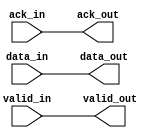
`timescale 1ns / 1ps
//////////////////////////////////////////////////////////////////////////////////
// Company: 
// Engineer: 
// 
// Design Name: 
// Module Name: delay
// Project Name: 
// Target Devices: 
// Tool Versions: 
// Description: 
// 
// Dependencies: 
// 
// Revision:
// Revision 0.01 - File Created
// Additional Comments:
// 
//////////////////////////////////////////////////////////////////////////////////


module delay(
    valid_in,
    ack_in,
    data_in,
    valid_out,
    ack_out,
    data_out
    );
    parameter DATA_WIDTH = 3;
    input valid_in;
    input ack_in;
    input [DATA_WIDTH-1:0] data_in;
    output reg valid_out;
    output reg ack_out;
    output reg [DATA_WIDTH-1:0] data_out;
    always@(*)
    begin
        #5;
        valid_out <= valid_in;
        ack_out <= ack_in;
        data_out <= data_in;
    end
endmodule